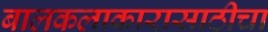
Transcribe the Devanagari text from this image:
बालकलाकारासाठीचा